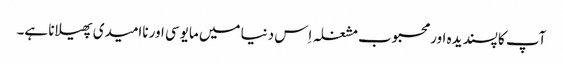
آپ کا پسندیدہ اور محبوب مشغلہ اِس دنیا میں مایوسی اور ناامیدی پھیلانا ہے۔